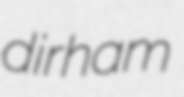
dirham